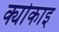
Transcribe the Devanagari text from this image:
क्योकाइ